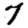
Digit: 7